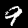
Digit: 9